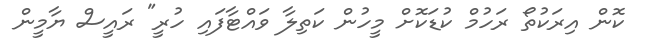
ކޮން އިރަކުތޯ ރަހުމް ކުޑަކޮށް މީހުން ކަތިލާ ވައްޓާފައި ހުރީ" ރައީސް ޔާމީން